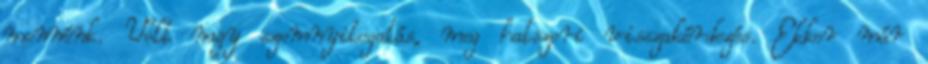
mennénk. Volt nagy szemnyitogatás, meg hatszori visszakérdezés. Ekkor már